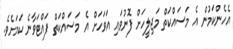
އެހެންކަމުން އެ މަސައްކަތް މަޖިލީހަށް ފޮނުވައި އަވަހަށް އެ މަސައްކަތް ފައްޓަވާނެ ކަމަށެވެ.